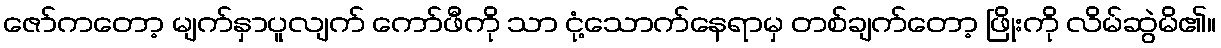
ဇော်ကတော့ မျက်နှာပူလျက် ကော်ဖီကို သာ ငုံ့သောက်နေရာမှ တစ်ချက်တော့ ဖြိုးကို လိမ်ဆွဲမိ၏။